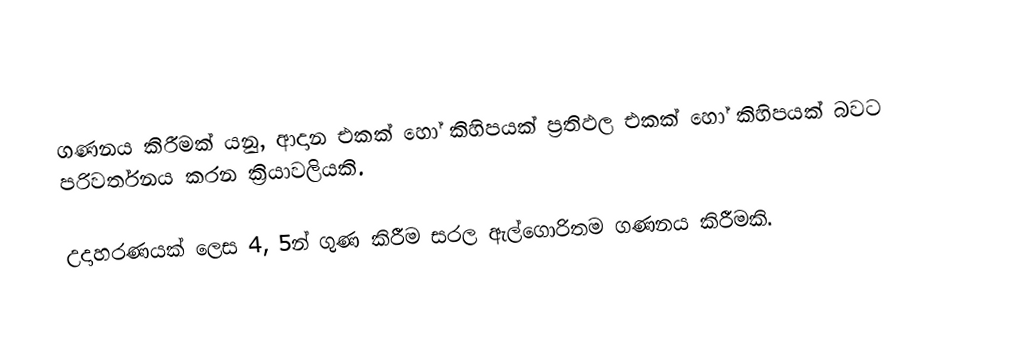
ගණනය කිරීමක් යනු, ආදාන එකක් හෝ කිහිපයක් ප්‍රතිඵල එකක් හෝ කිහිපයක් බවට පරිවර්තනය කරන ක්‍රියාවලියකි.

උදාහරණයක් ලෙස 4, 5න් ගුණ කිරීම සරල ඇල්ගොරිතම ගණනය කිරීමකි.